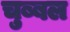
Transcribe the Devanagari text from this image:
चुब्बल